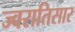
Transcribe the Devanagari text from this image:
ज्वरातिसार